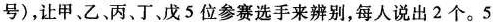
号)，让甲、乙丙、丁、戊5位参赛选手来辨别，每人说出2个。5